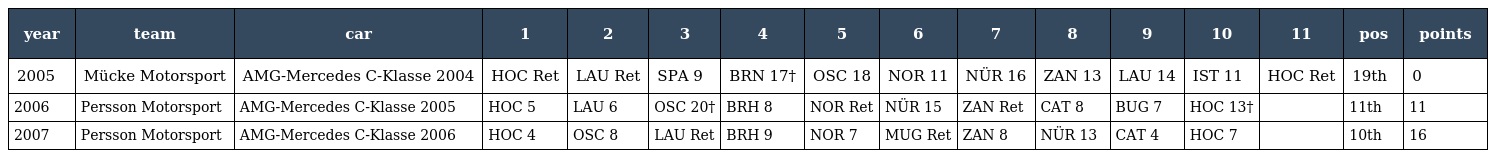
| year | team | car | 1 | 2 | 3 | 4 | 5 | 6 | 7 | 8 | 9 | 10 | 11 | pos | points |
 | --- | --- | --- | --- | --- | --- | --- | --- | --- | --- | --- | --- | --- | --- | --- | --- |
 | 2005 | Mücke Motorsport | AMG-Mercedes C-Klasse 2004 | HOC Ret | LAU Ret | SPA 9 | BRN 17† | OSC 18 | NOR 11 | NÜR 16 | ZAN 13 | LAU 14 | IST 11 | HOC Ret | 19th | 0 |
 | 2006 | Persson Motorsport | AMG-Mercedes C-Klasse 2005 | HOC 5 | LAU 6 | OSC 20† | BRH 8 | NOR Ret | NÜR 15 | ZAN Ret | CAT 8 | BUG 7 | HOC 13† |  | 11th | 11 |
 | 2007 | Persson Motorsport | AMG-Mercedes C-Klasse 2006 | HOC 4 | OSC 8 | LAU Ret | BRH 9 | NOR 7 | MUG Ret | ZAN 8 | NÜR 13 | CAT 4 | HOC 7 |  | 10th | 16 |